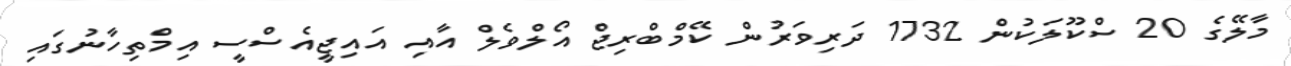
މާލޭގެ 20 ސްކޫލަކުން 1732 ދަރިވަރުން ކޭމްބްރިޖް އޯލްވެލް އާއި އައިޖީއެސްސީ އިމްތިހާނުގައި